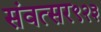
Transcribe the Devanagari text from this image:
संवत्सर९२३